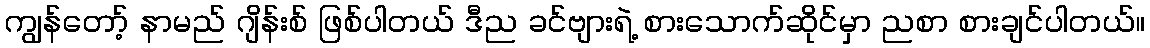
ကျွန်တော့် နာမည် ဂျိန်းစ် ဖြစ်ပါတယ် ဒီည ခင်ဗျားရဲ့ စားသောက်ဆိုင်မှာ ညစာ စားချင်ပါတယ်။